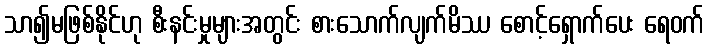
သာ၍မဖြစ်နိုင်ဟု စီးနင်းမှုများအတွင်း စားသောက်လျက်မိဿ စောင့်ရှောက်ပေး ရေဝက်